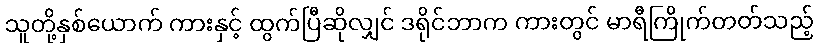
သူတို့နှစ်ယောက် ကားနှင့် ထွက်ပြီဆိုလျှင် ဒရိုင်ဘာက ကားတွင် မာရီကြိုက်တတ်သည့်